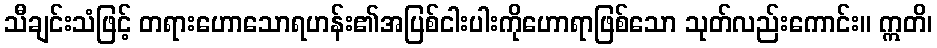
သီချင်းသံဖြင့် တရားဟောသောရဟန်း၏အပြစ်ငါးပါးကိုဟောရာဖြစ်သော သုတ်လည်းကောင်း။ ဣတိ၊